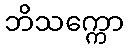
ဘိသက္ကော